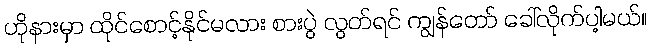
ဟိုနားမှာ ထိုင်စောင့်နိုင်မလား စားပွဲ လွတ်ရင် ကျွန်တော် ခေါ်လိုက်ပါ့မယ်။